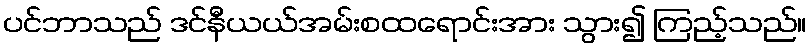
ပင်ဘာသည် ဒင်နီယယ်အမ်းစထရောင်းအား သွား၍ ကြည့်သည်။